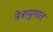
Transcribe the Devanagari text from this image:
त्रेत्रायुगात